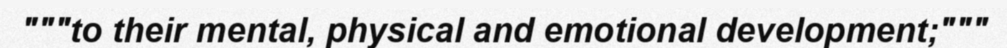
"""to their mental, physical and emotional development;"""